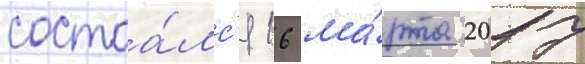
состоа́лс'я 16 ма́рта 2017